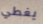
يغطي